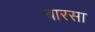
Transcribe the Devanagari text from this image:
बारसा